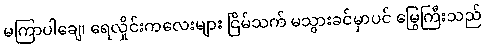
မကြာပါချေ၊ ရေလှိုင်းကလေးများ ငြိမ်သက် မသွားခင်မှာပင် မြွေကြီးသည်